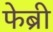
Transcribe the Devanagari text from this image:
फेब्री